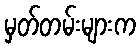
မှတ်တမ်းများက